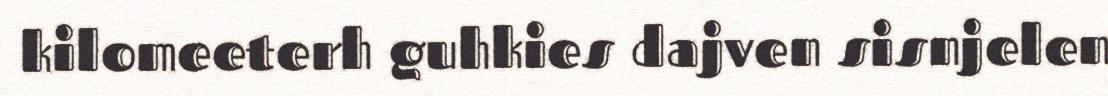
kilomeeterh guhkies dajven sisnjelen